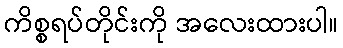
ကိစ္စရပ်တိုင်းကို အလေးထားပါ။